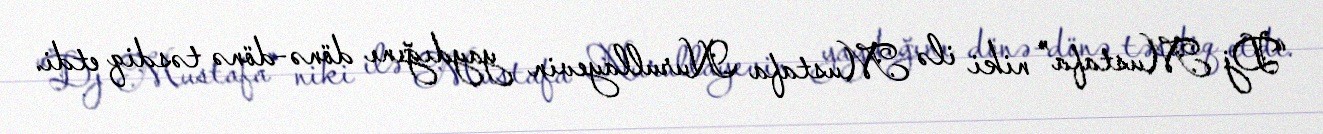
“Dj Mustafa” niki ilə Mustafa Nurullayevin yaydığını dönə-dönə təsdiq etdi.